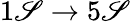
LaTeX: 1\mathscr{S}\rightarrow5\mathscr{S}